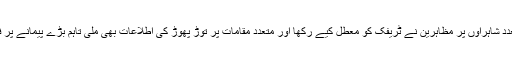
اسلام آباد، لاہور اور کراچی کی متعدد شاہراوں پر مظاہرین نے ٹریفک کو معطل کیے رکھا اور متعدد مقامات پر توڑ پھوڑ کی اطلاعات بھی ملی تاہم بڑے پیمانے پر فسادات کی خبریں سامنے نہیں آئیں۔